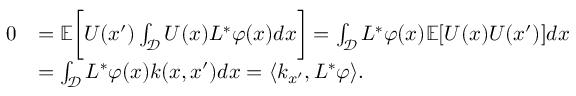
\begin{array} { r l } { 0 } & { = \mathbb { E } \bigg [ U ( x ^ { \prime } ) \int _ { \mathcal { D } } U ( x ) L ^ { * } \varphi ( x ) d x \bigg ] = \int _ { \mathcal { D } } L ^ { * } \varphi ( x ) \mathbb { E } [ U ( x ) U ( x ^ { \prime } ) ] d x } \\ & { = \int _ { \mathcal { D } } L ^ { * } \varphi ( x ) k ( x , x ^ { \prime } ) d x = \langle k _ { x ^ { \prime } } , L ^ { * } \varphi \rangle . } \end{array}